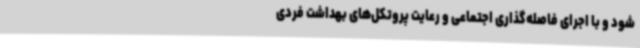
شود و با اجرای فاصله‌گذاری اجتماعی و رعایت پروتکل‌های بهداشت فردی